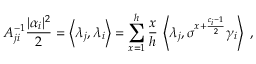
A _ { j i } ^ { - 1 } \frac { | \alpha _ { i } | ^ { 2 } } { 2 } = \left\langle \lambda _ { j } , \lambda _ { i } \right\rangle = \sum _ { x = 1 } ^ { h } \frac { x } { h } \, \left\langle \lambda _ { j } , \sigma ^ { x + \frac { c _ { i } - 1 } { 2 } } \gamma _ { i } \right\rangle \; ,